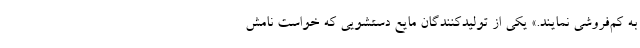
به کم‌فروشی نمایند.» یکی از تولیدکنندگان مایع دستشویی که خواست نامش